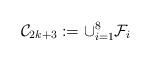
LaTeX: \begin{align*}\mathcal{C}_{2k+3}:=\cup^{8}_{i=1} \mathcal{F}_i\end{align*}